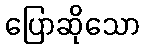
ပြောဆိုသော